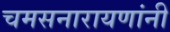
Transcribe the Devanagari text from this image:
चमसनारायणांनी